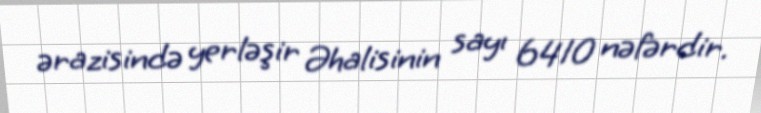
ərazisində yerləşir Əhalisinin sayı 6410 nəfərdir.